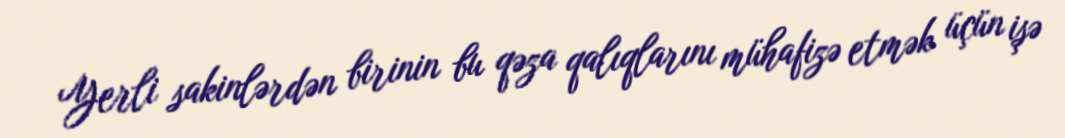
Yerli sakinlərdən birinin bu qəza qalıqlarını mühafizə etmək üçün işə